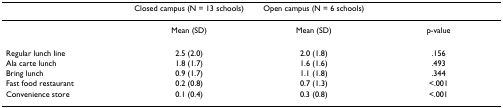
<table><thead><tr><td></td><td><b>Closed campus (N = 13 schools)</b></td><td><b>Open campus (N = 6 schools)</b></td><td></td></tr></thead><tbody><tr><td></td><td>Mean (SD)</td><td>Mean (SD)</td><td>p-value</td></tr><tr><td>Regular lunch line</td><td>2.5 (2.0)</td><td>2.0 (1.8)</td><td>.156</td></tr><tr><td>Ala carte lunch</td><td>1.8 (1.7)</td><td>1.6 (1.6)</td><td>.493</td></tr><tr><td>Bring lunch</td><td>0.9 (1.7)</td><td>1.1 (1.8)</td><td>.344</td></tr><tr><td>Fast food restaurant</td><td>0.2 (0.8)</td><td>0.7 (1.3)</td><td>&lt;.001</td></tr><tr><td>Convenience store</td><td>0.1 (0.4)</td><td>0.3 (0.8)</td><td>&lt;.001</td></tr></tbody></table>